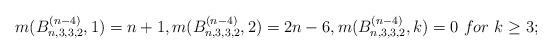
LaTeX: \begin{align*} &m(B_{n,3,3,2}^{(n-4)},1)=n+1,m(B_{n,3,3,2}^{(n-4)},2)=2n-6, m(B_{n,3,3,2}^{(n-4)},k)=0\ for\ k\geq3;\\ \end{align*}